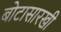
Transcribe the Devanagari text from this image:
बोटासारखी